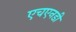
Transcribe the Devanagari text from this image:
एचएनडी